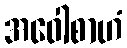
အဝေါစာဟံ